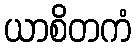
ယာစိတကံ